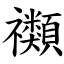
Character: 禷